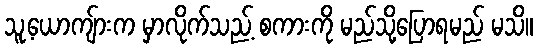
သူ့ယောကျ်ားက မှာလိုက်သည့် စကားကို မည်သို့ပြောရမည် မသိ။